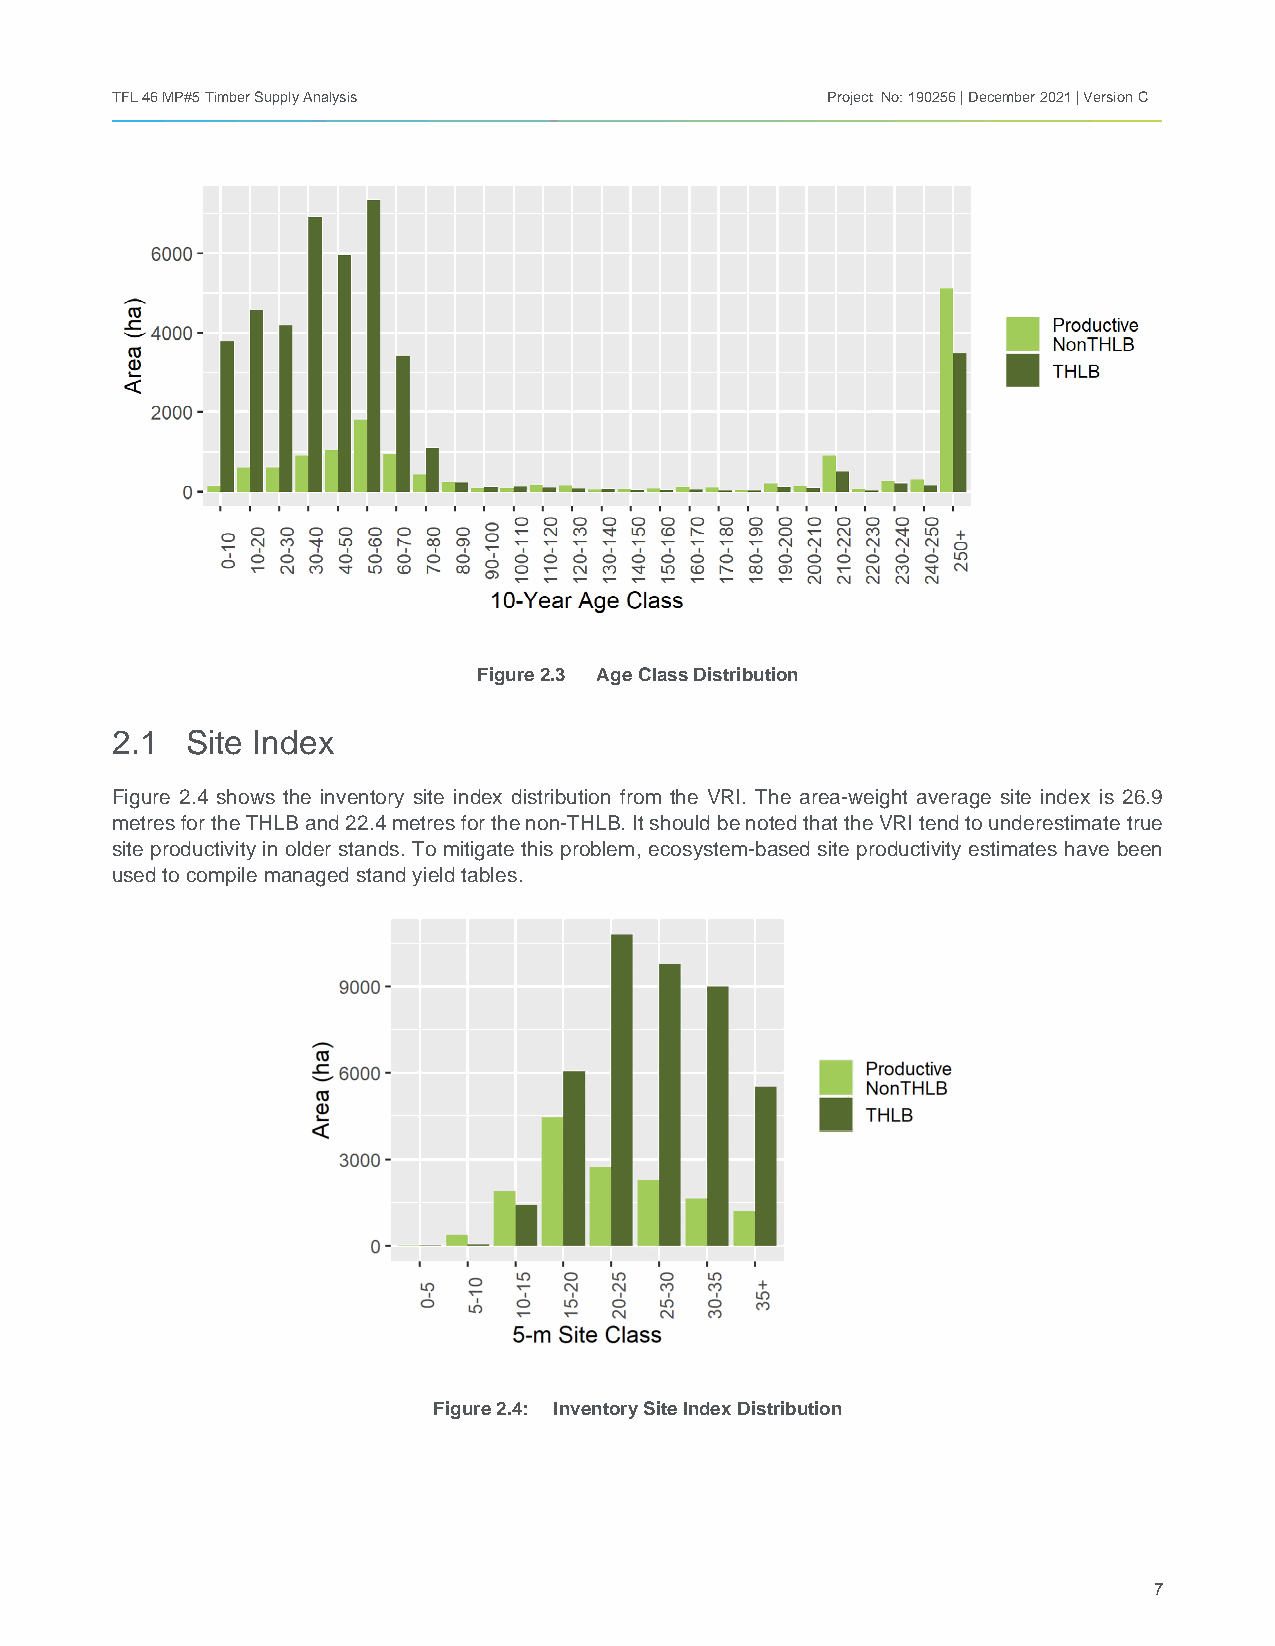
TFL 46 MP#5 Timber Supply Analysis              Project No: 190256 | December 2021 | Version C
 Figure 2.3 Age Class Distribution
 2.1  Site Index
 Figure 2.4 shows the inventory site index distribution from the VRI. The area-weight average site index is 26.9
 metres for the THLB and 22.4 metres for the non-THLB. It should be noted that the VRI tend to underestimate true
 site productivity in older stands. To mitigate this problem, ecosystem-based site productivity estimates have been
 used to compile managed stand yield tables.
 Figure 2.4: Inventory Site Index Distribution
 7